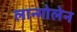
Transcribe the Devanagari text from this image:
लान्गोलेन